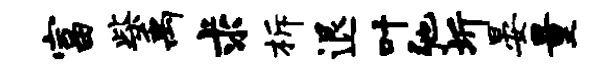
富柴禹求柝退叶弛圻晏量